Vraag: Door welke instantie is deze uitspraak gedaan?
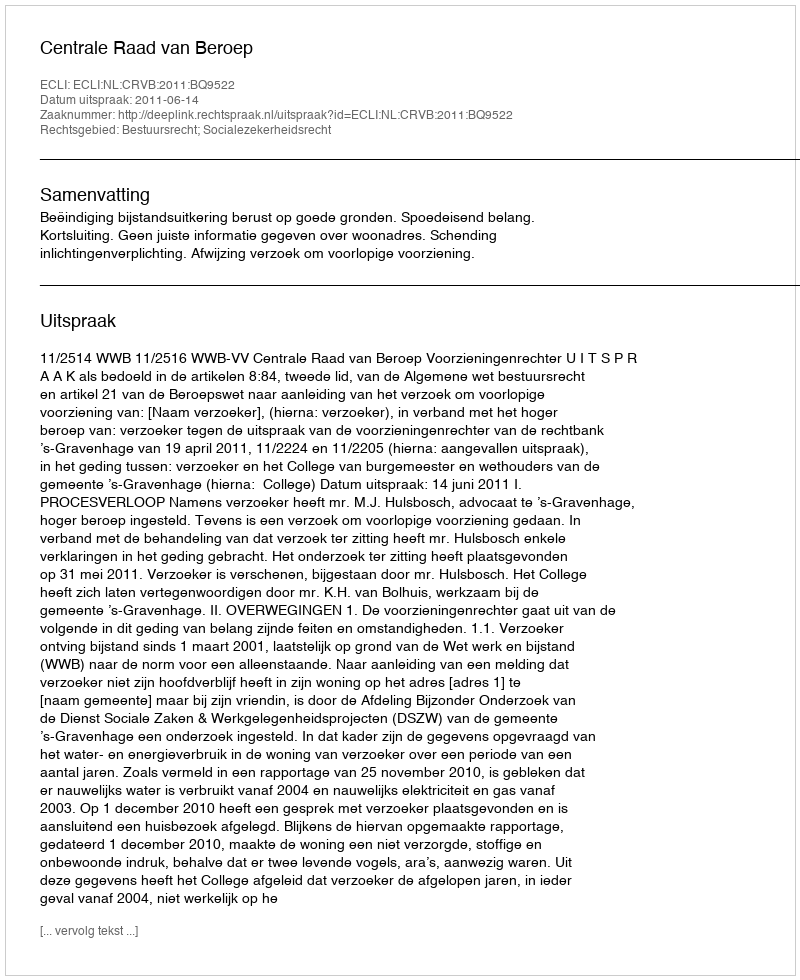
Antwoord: Centrale Raad van Beroep